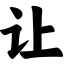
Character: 让